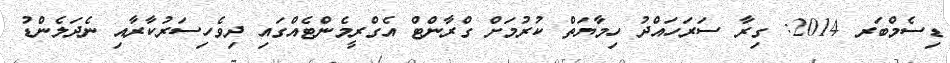
ޑިސެމްބަރ 2014: ގިރާ ސަރަހައްދު ހިމާޔަތް ކުރުމަށް ގްރާންޓް އެގްރީމެންޓެއްގައި ދިވެހިސަރުކާރާއި ނެދަލެންޑު